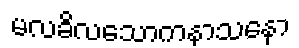
မလခိလသောကနာသနော